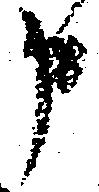
申